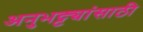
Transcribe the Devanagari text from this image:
अनुभट्ट्यांसाठी